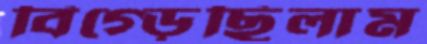
বিগ্‌ড়েছিলাম